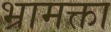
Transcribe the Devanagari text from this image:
भ्रामक्ता